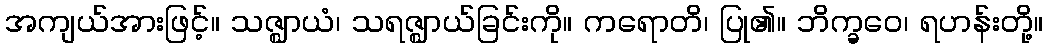
အကျယ်အားဖြင့်။ သဇ္ဈာယံ၊ သရဇ္ဈာယ်ခြင်းကို။ ကရောတိ၊ ပြု၏။ ဘိက္ခဝေ၊ ရဟန်းတို့။